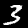
Digit: 3